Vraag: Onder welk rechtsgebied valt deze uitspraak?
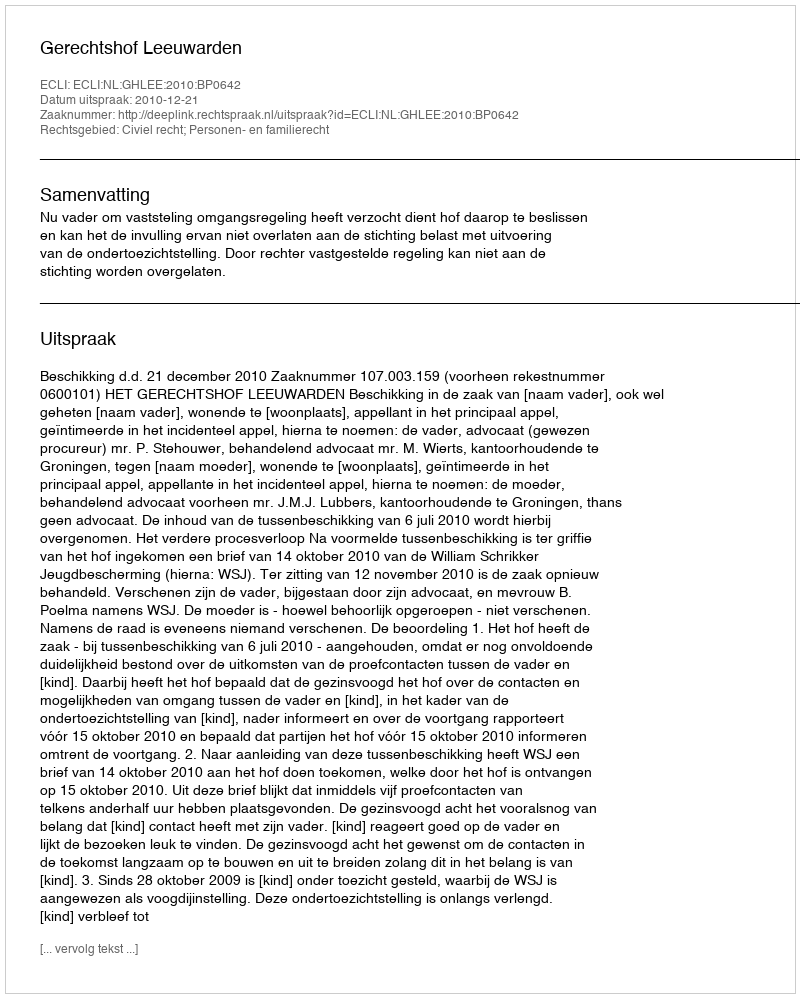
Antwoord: Civiel recht; Personen- en familierecht